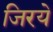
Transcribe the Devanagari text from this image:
जिरये